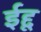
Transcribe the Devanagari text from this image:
ईद्दू